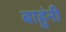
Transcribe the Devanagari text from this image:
बाहुंनी